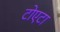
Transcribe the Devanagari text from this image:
टोएटा